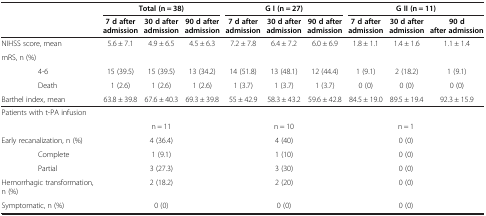
<table><thead><tr><td rowspan="2" colspan="2"><b> </b></td><td colspan="3"><b>Total (n = 38)</b></td><td colspan="3"><b>G I (n = 27)</b></td><td colspan="3"><b>G II (n = 11)</b></td></tr><tr><td><b>7 d after admission</b></td><td><b>30 d after admission</b></td><td><b>90 d after admission</b></td><td><b>7 d after admission</b></td><td><b>30 d after admission</b></td><td><b>90 d after admission</b></td><td><b>7 d after admission</b></td><td><b>30 d after admission</b></td><td><b>90 d after admission</b></td></tr></thead><tbody><tr><td colspan="2">NIHSS score, mean</td><td>5.6 ± 7.1</td><td>4.9 ± 6.5</td><td>4.5 ± 6.3</td><td>7.2 ± 7.8</td><td>6.4 ± 7.2</td><td>6.0 ± 6.9</td><td>1.8 ± 1.1</td><td>1.4 ± 1.6</td><td>1.1 ± 1.4</td></tr><tr><td colspan="2">mRS, n (%)</td><td> </td><td> </td><td> </td><td colspan="6"> </td></tr><tr><td> </td><td>4-6</td><td>15 (39.5)</td><td>15 (39.5)</td><td>13 (34.2)</td><td>14 (51.8)</td><td>13 (48.1)</td><td>12 (44.4)</td><td>1 (9.1)</td><td>2 (18.2)</td><td>1 (9.1)</td></tr><tr><td> </td><td>Death</td><td>1 (2.6)</td><td>1 (2.6)</td><td>1 (2.6)</td><td>1 (3.7)</td><td>1 (3.7)</td><td>1 (3.7)</td><td>0 (0)</td><td>0 (0)</td><td>0 (0)</td></tr><tr><td colspan="2">Barthel index, mean</td><td>63.8 ± 39.8</td><td>67.6 ± 40.3</td><td>69.3 ± 39.8</td><td>55 ± 42.9</td><td>58.3 ± 43.2</td><td>59.6 ± 42.8</td><td>84.5 ± 19.0</td><td>89.5 ± 19.4</td><td>92.3 ± 15.9</td></tr><tr><td colspan="2">Patients with t-PA infusion</td><td colspan="3"> </td><td colspan="3"> </td><td colspan="3"> </td></tr><tr><td> </td><td> </td><td colspan="3">n = 11</td><td colspan="3">n = 10</td><td colspan="3">n = 1</td></tr><tr><td colspan="2">Early recanalization, n (%)</td><td colspan="3">4 (36.4)</td><td colspan="3">4 (40)</td><td colspan="3">0 (0)</td></tr><tr><td> </td><td>Complete</td><td colspan="3">1 (9.1)</td><td colspan="3">1 (10)</td><td colspan="3">0 (0)</td></tr><tr><td> </td><td>Partial</td><td colspan="3">3 (27.3)</td><td colspan="3">3 (30)</td><td colspan="3">0 (0)</td></tr><tr><td colspan="2">Hemorrhagic transformation, n (%)</td><td colspan="3">2 (18.2)</td><td colspan="3">2 (20)</td><td colspan="3">0 (0)</td></tr><tr><td colspan="2">Symptomatic, n (%)</td><td colspan="3">0 (0)</td><td colspan="3">0 (0)</td><td colspan="3">0 (0)</td></tr></tbody></table>